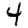
Digit: 4